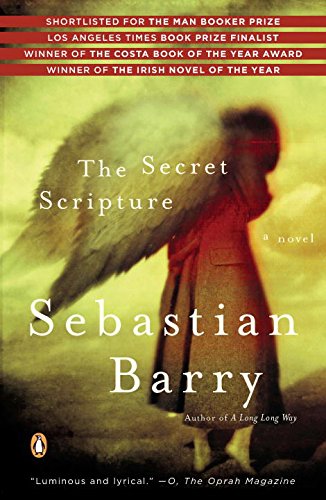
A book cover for The Secret Scripture: A Novel; Sebastian Barry; Literature & Fiction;